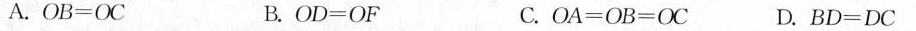
A.$$OB = OC$$ B.$$OD = OF $$C.$$OA = OB = OC$$ D.$$BD = DC$$